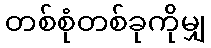
တစ်စုံတစ်ခုကိုမျှ